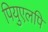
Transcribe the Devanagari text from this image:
पियुएलपि